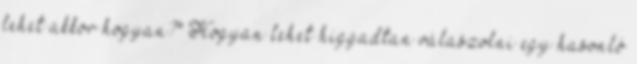
lehet akkor hogyan?" Hogyan lehet higgadtan válaszolni egy hasonló